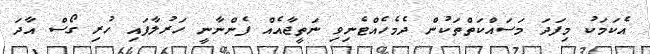
އެކަމަކު މިފަދަ މަސައްކަތްތަކުން ދެމެހެއްޓެނިވި ނަތީޖާއެއް ފެންނާނީ ހަރުލާފައި ހުރި ގޯސް އާދަ